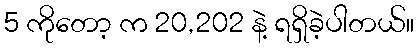
5 ကိုတော့ က 20,202 နဲ့ ရရှိခဲ့ပါတယ်။